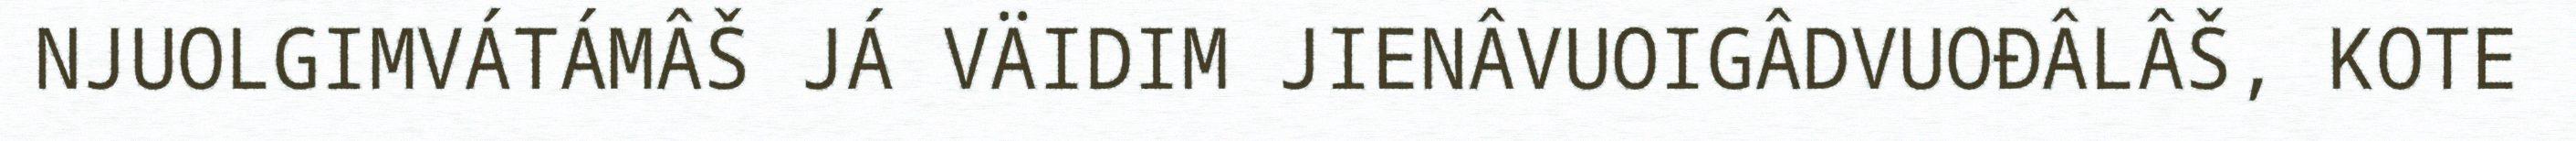
NJUOLGIMVÁTÁMÂŠ JÁ VÄIDIM JIENÂVUOIGÂDVUOĐÂLÂŠ, KOTE